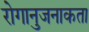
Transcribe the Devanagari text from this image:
रोगानुजनाकता